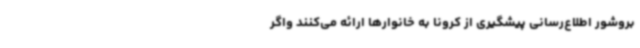
بروشور اطلاع‌رسانی پیشگیری از کرونا به خانوارها ارائه می‌کنند واگر